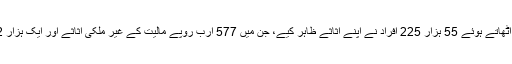
ایف بی آر کے بیان میں کہا گیا کہ اسکیم سے فائدہ اٹھاتے ہوئے 55 ہزار 225 افراد نے اپنے اثاثے ظاہر کیے، جن میں 577 ارب روپے مالیت کے غیر ملکی اثاثے اور ایک ہزار 192 ارب روپے مالیت کے مقامی اثاثے شامل ہیں۔